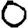
Digit: 0